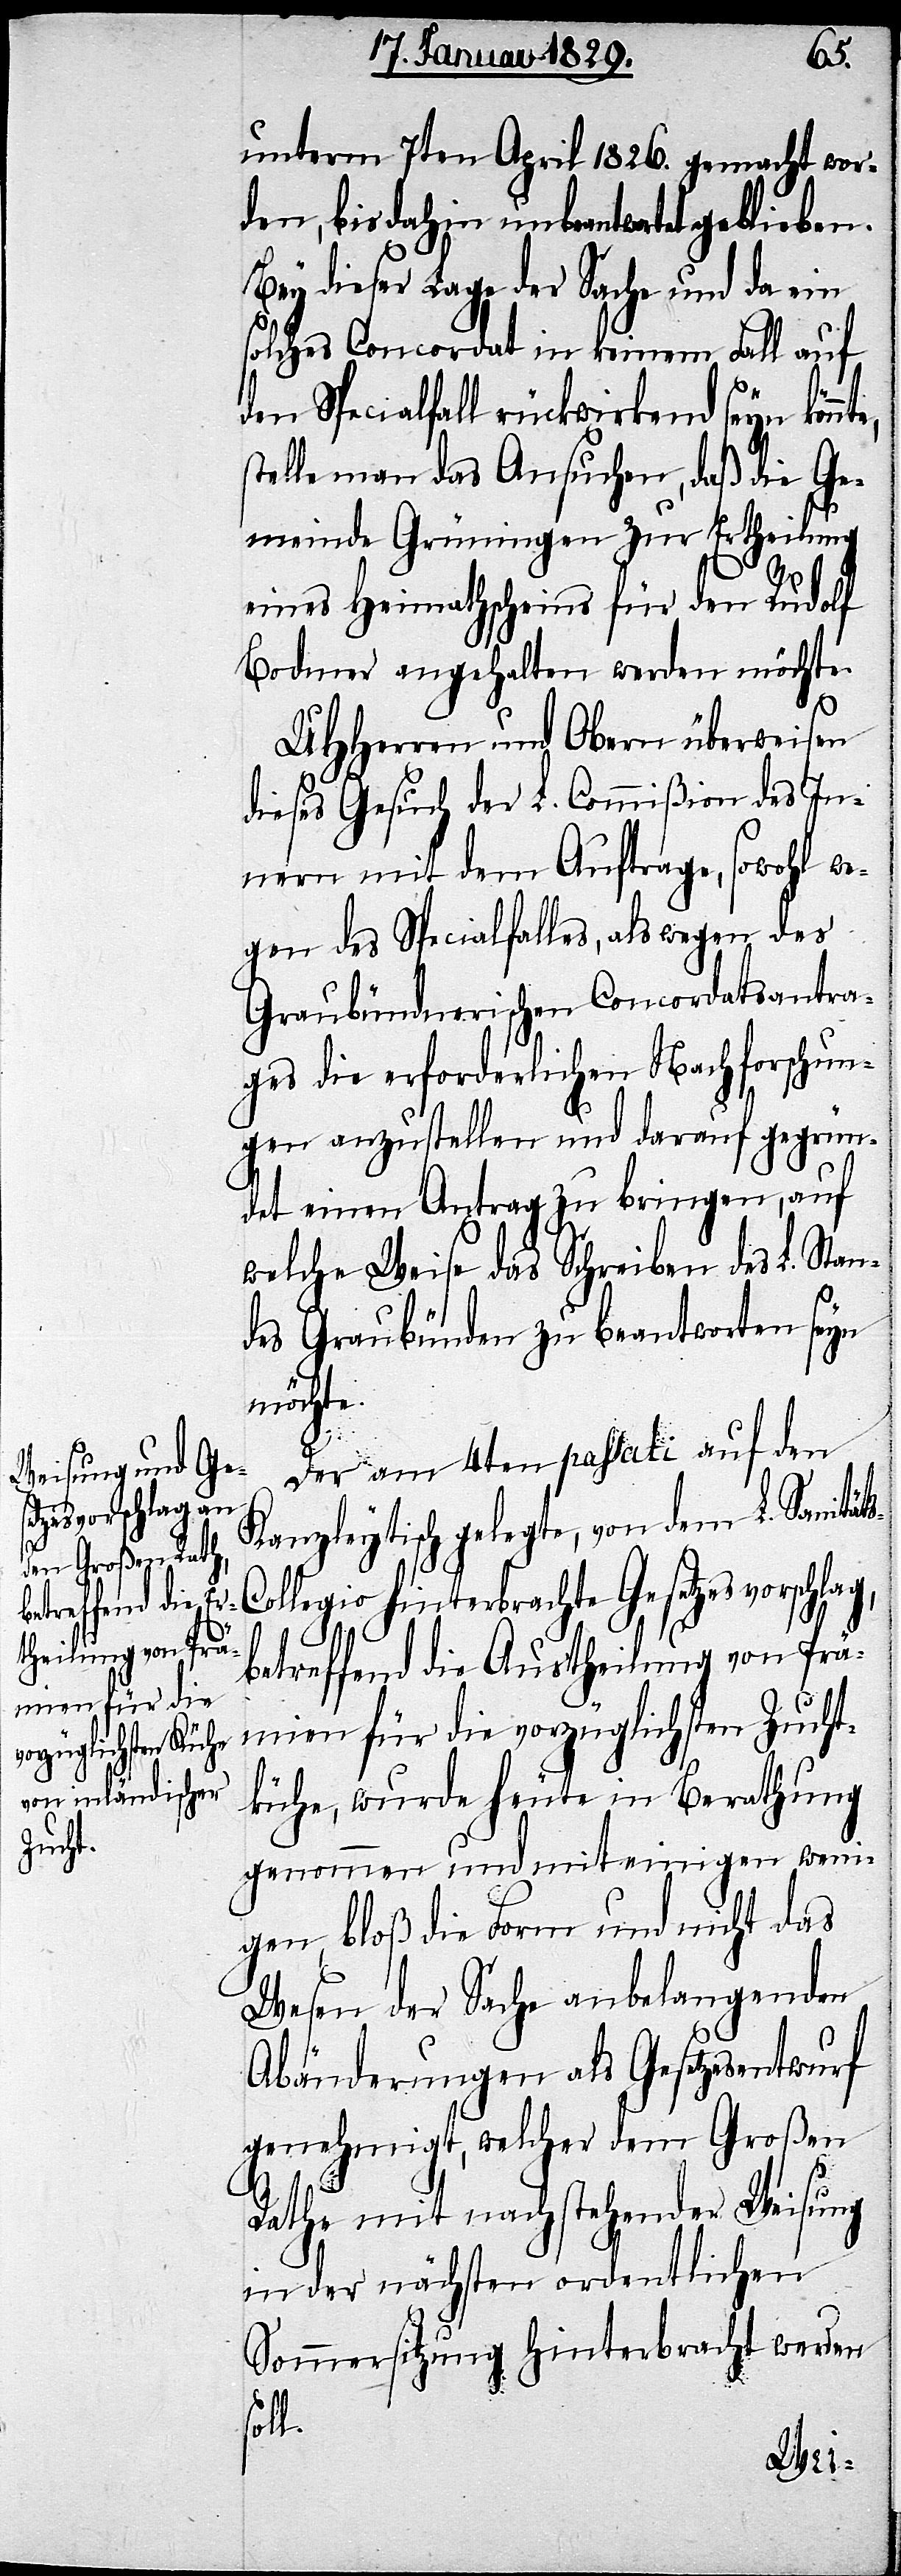
unterm 7ten April 1826. gemacht wor¬
den, bis dahin unbeantwortet geblieben.
Bey dieser Lage der Sache und da ein
solches Concordat in keinem Fall auf
den Specialfall rückwirkend seyn kön¬
telle man das Ansuchen, daß die Ge¬
meinde Grüningen zur Ertheilung
eines Heimathscheins für den Rudolf
Bodmer angehalten werden möchte.
UHHerren und Obern überweisen
dieses Gesuch der L. Commißion des In¬
nern mit dem Auftrage, sowohl we¬
gen des Specialfalles, als wegen des
Graubündnerischen Concordatsantra¬
ges die erforderlichen Nachforschun¬
gen anzustellen und darauf gegrün¬
det einen Antrag zu bringen, auf
welche Weise das Schreiben des L. Stan¬
des Graubünden zu beantworten seyn
möchte.
Der am 4ten passati auf den
Kanzleytisch gelegte, von dem L. Sanität¬
ollegio hinterbrachte Gesetzesvorschlag,
s-C¬
betreffend die Austheilung von Prä¬
mien für die vorzüglichsten Zucht¬
kühe, wurde heute in Berathung
genommen, und mit einigen weni¬
gen, bloß die Form und nicht das
Wesen der Sache anbelangenden
Abänderungen als Gesetzesentwurf
genehmigt, welcher dem Großen
Rathe mit nachstehender Weisung
in der nächsten ordentlichen
Sommersitzung hinterbracht werden
soll.